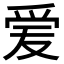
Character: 𬋪